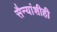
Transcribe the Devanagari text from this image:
सैन्यांशीही